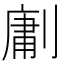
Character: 𭄊